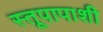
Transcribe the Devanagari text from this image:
स्तूपापाशी